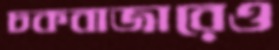
চকবাজারেও